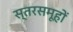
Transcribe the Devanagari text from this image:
स्तरसमूहों